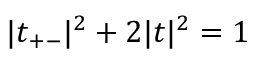
| t _ { + - } | ^ { 2 } + 2 | t | ^ { 2 } = 1